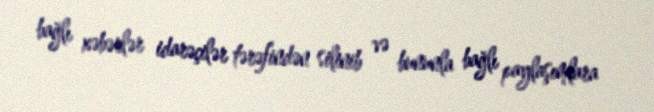
bağlı xəbərlər idarəçilər tərəfindən silinib və bununla bağlı paylaşımlara